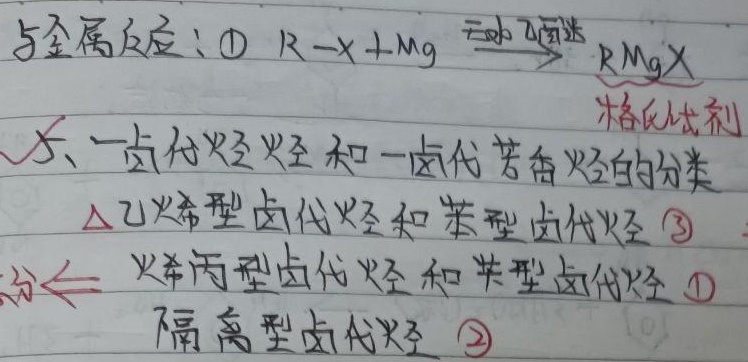
与金属反应：
\textcircled{1} $R - X+\mathrm{Mg}\xrightarrow{无水乙醚} \mathrm{RMgX}$ 格氏试剂
5、一卤代烃和一卤代芳香烃的分类
$\triangle$乙烯型卤代烃和苯型卤代烃
\textcircled{3}烯丙型卤代烃和苄型卤代烃
\textcircled{1}隔离型卤代烃
\textcircled{2}